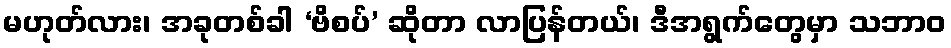
မဟုတ်လား၊ အခုတစ်ခါ ‘ဗိစပ်’ ဆိုတာ လာပြန်တယ်၊ ဒီအရွက်တွေမှာ သဘာဝ